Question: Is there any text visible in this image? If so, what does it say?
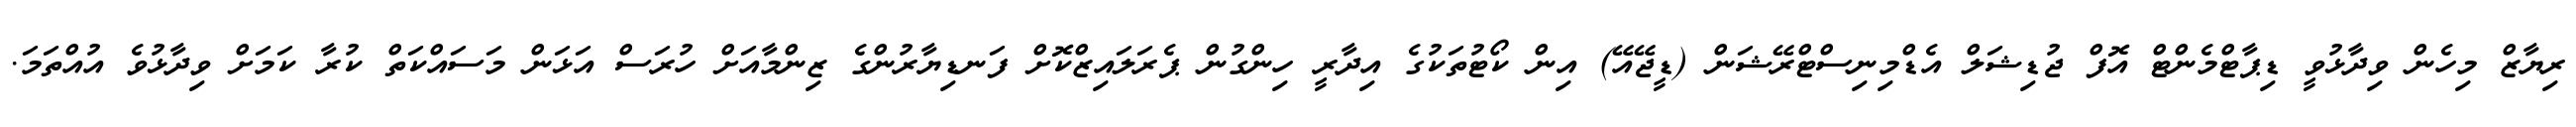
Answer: ރިޔާޒް މިހެން ވިދާޅުވީ ޑިޕާޓްމެންޓް އޮފް ޖުޑިޝަލް އެޑްމިނިސްޓްރޭޝަން (ޑީޖޭއޭ) އިން ކޯޓުތަކުގެ އިދާރީ ހިންގުން ޕެރަލައިޒްކޮށް ފަނޑިޔާރުންގެ ޒިންމާއަށް ހުރަސް އަޅަން މަސައްކަތް ކުރާ ކަމަށް ވިދާޅުވެ އުއްތަމަ.